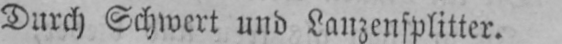
Durch Schwert und Lanzensplitter.